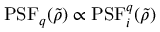
\mathrm { P S F } _ { q } ( \tilde { \rho } ) \propto \mathrm { P S F } _ { i } ^ { q } ( \tilde { \rho } )